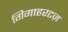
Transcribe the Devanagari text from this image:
गिगाहरटज़